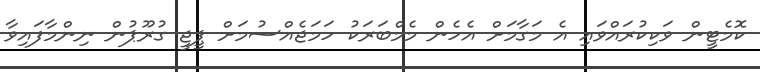
ކޮމެޓީން ވަކިކުރައްވައި އެ މަގާމަށް އެހެން މެމްބަރަކު ހަމަޖެއްސުމަށް ޕީޖީ ގުރޫޕުން ނިންމާފައިވާ